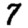
Digit: 7